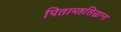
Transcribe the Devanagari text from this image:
पितामहसिद्धान्त